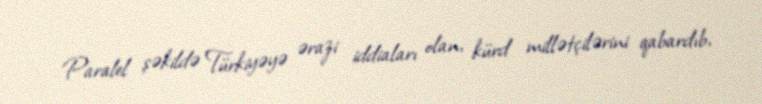
Paralel şəkildə Türkiyəyə ərazi iddiaları olan, kürd millətçilərini qabardıb,